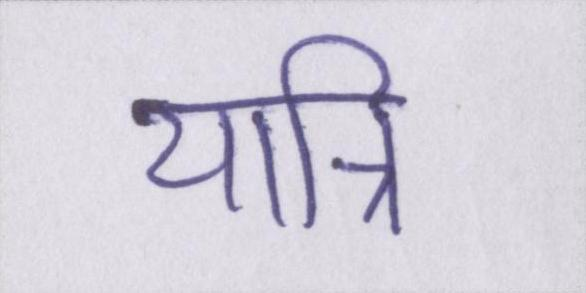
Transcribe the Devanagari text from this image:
यात्रि